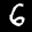
Label: 6